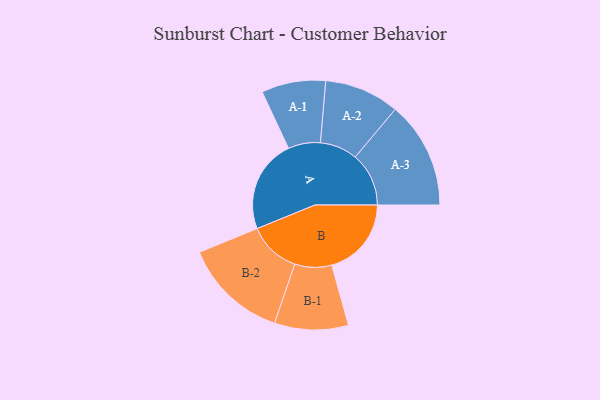
{"axis": {"x": "Segment", "y": "Value"}, "legend": ["", "A", "B"], "data": [{"x": "A", "y": 465, "type": ""}, {"x": "B", "y": 397, "type": ""}, {"x": "A-1", "y": 160, "type": "A"}, {"x": "A-2", "y": 187, "type": "A"}, {"x": "A-3", "y": 267, "type": "A"}, {"x": "B-1", "y": 184, "type": "B"}, {"x": "B-2", "y": 261, "type": "B"}]}